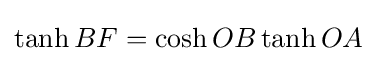
\tanh BF=\cosh OB\tanh OA